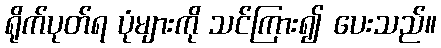
ရိုက်ပုတ်ရ ပုံများကို သင်ကြား၍ ပေးသည်။